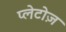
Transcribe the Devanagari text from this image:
प्लेटोज़